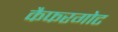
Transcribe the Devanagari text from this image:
कैफरगोट